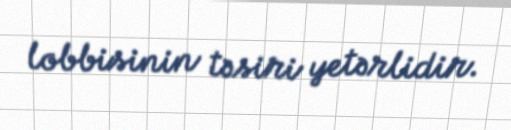
lobbisinin təsiri yetərlidir.